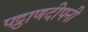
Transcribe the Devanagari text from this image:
पट्ठाणदीपनी